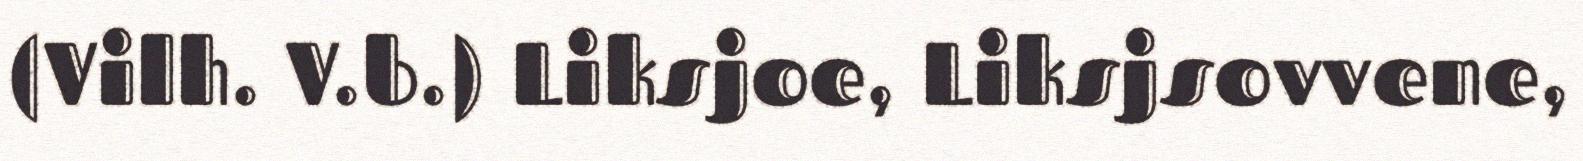
(Vilh. V.b.) Liksjoe, Liksjsovvene,